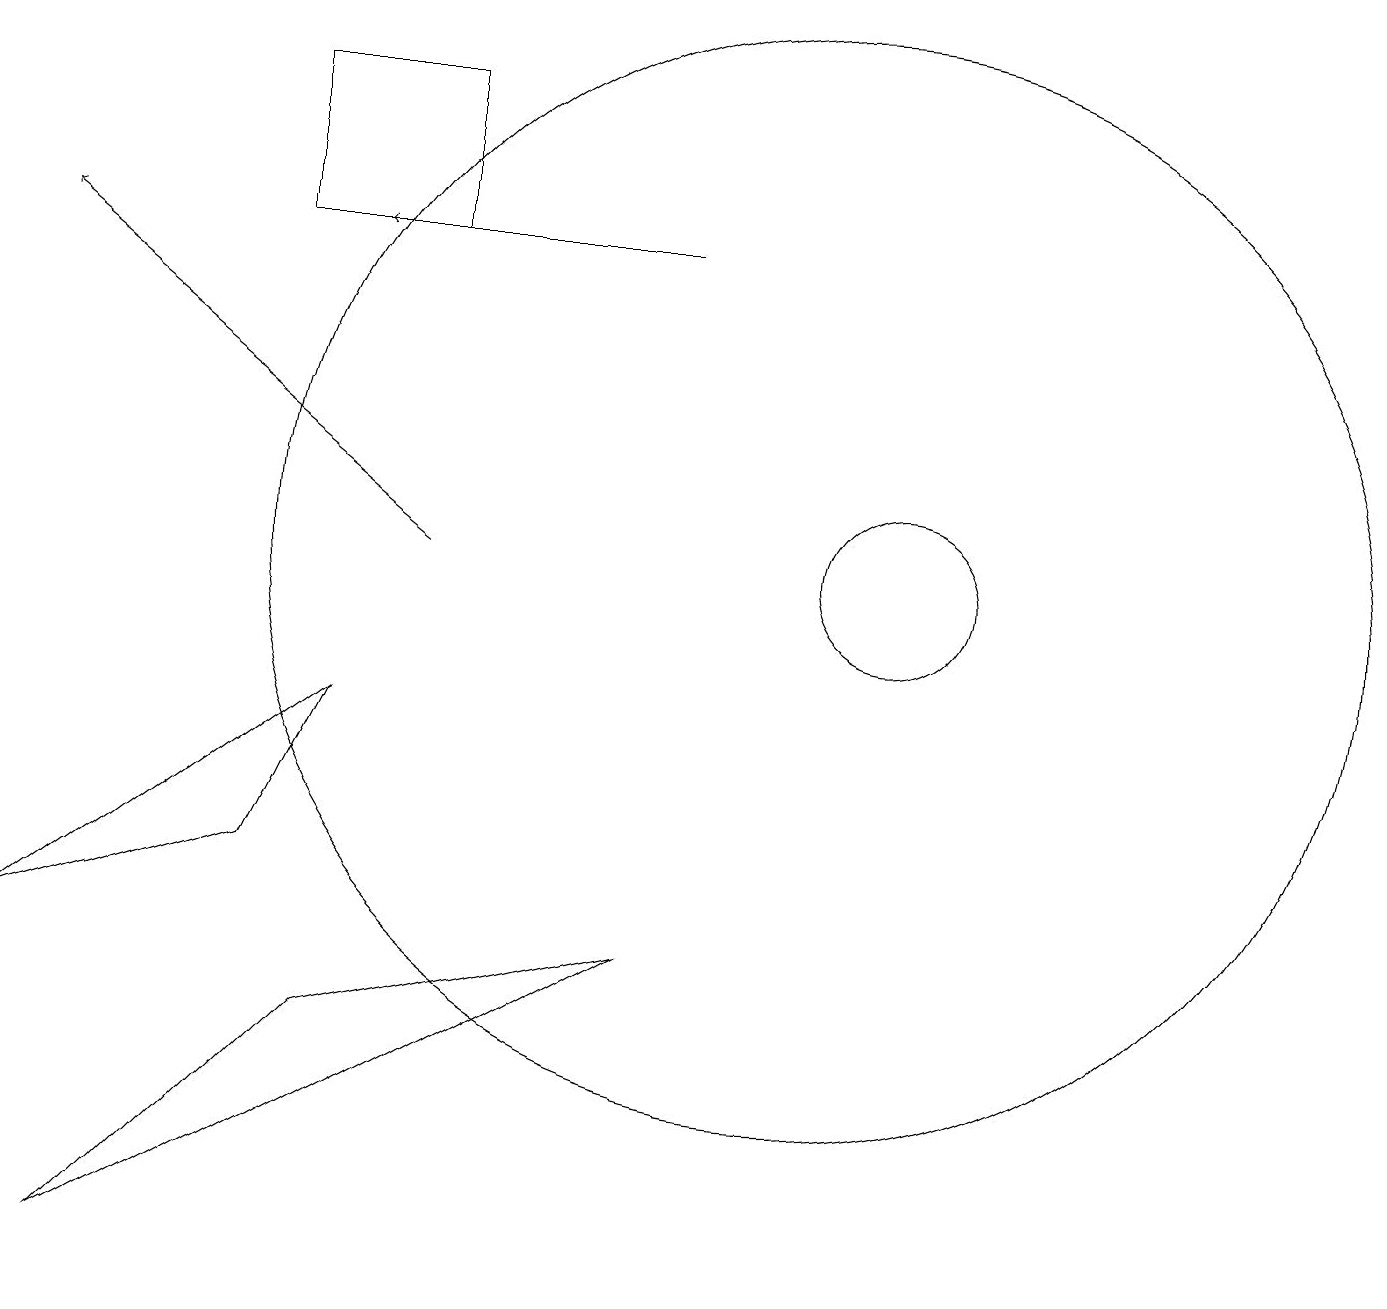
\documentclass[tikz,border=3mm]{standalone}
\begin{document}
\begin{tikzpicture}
\draw (4,8) -- (3,6) -- (0,5) -- cycle;
\draw (4,4) -- (8,5) -- (1,1) -- cycle;
\draw (11,10) circle (1);
\draw[->] (5,10) -- (0,14);
\draw[->] (8,14) -- (4,14);
\draw (3,14) rectangle (5,16);
\draw (10,10) circle (7);
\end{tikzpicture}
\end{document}